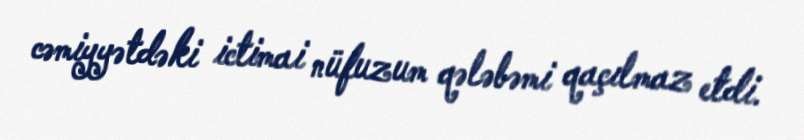
cəmiyyətdəki ictimai nüfuzum qələbəmi qaçılmaz etdi.